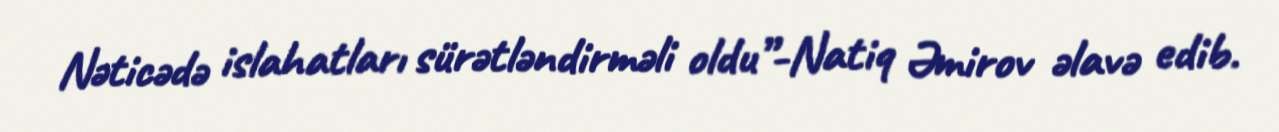
Nəticədə islahatları sürətləndirməli oldu”-Natiq Əmirov əlavə edib.